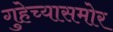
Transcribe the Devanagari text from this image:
गुहेच्यासमोर